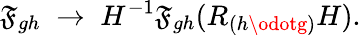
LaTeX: \mathfrak{F}_{gh}\; \rightarrow\; H^{-1}\mathfrak{F}_{gh}(R_{(h\odotg)}H).